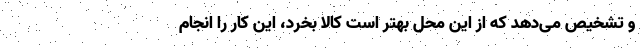
و تشخیص می‌دهد که از این محل بهتر است کالا بخرد، این کار را انجام